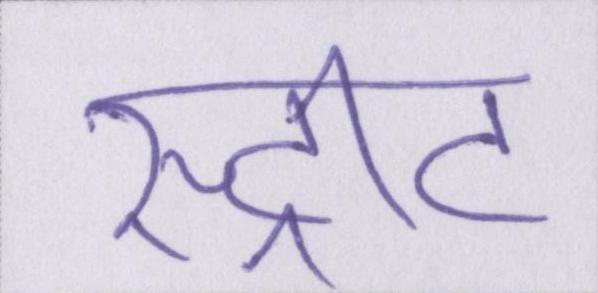
स्ट्रीट